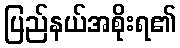
ပြည်နယ်အစိုးရ၏